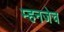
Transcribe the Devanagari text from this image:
म्हनजेच